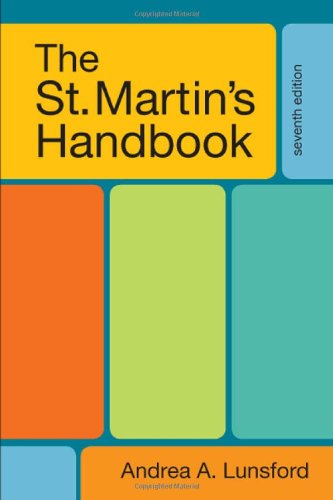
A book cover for The St. Martin's Handbook, 7th Edition; Andrea A. Lunsford; Reference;